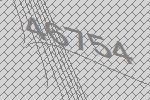
46754